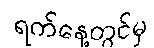
ရက်နေ့တွင်မှ